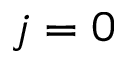
j = 0